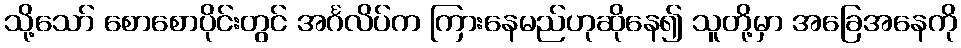
သို့သော် စောစောပိုင်းတွင် အင်္ဂလိပ်က ကြားနေမည်ဟုဆိုနေ၍ သူတို့မှာ အခြေအနေကို